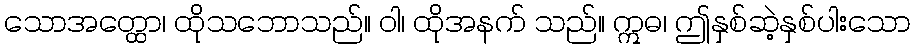
သောအတ္ထော၊ ထိုသဘောသည်။ ဝါ၊ ထိုအနက် သည်။ ဣဓ၊ ဤနှစ်ဆဲ့နှစ်ပါးသော